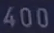
400